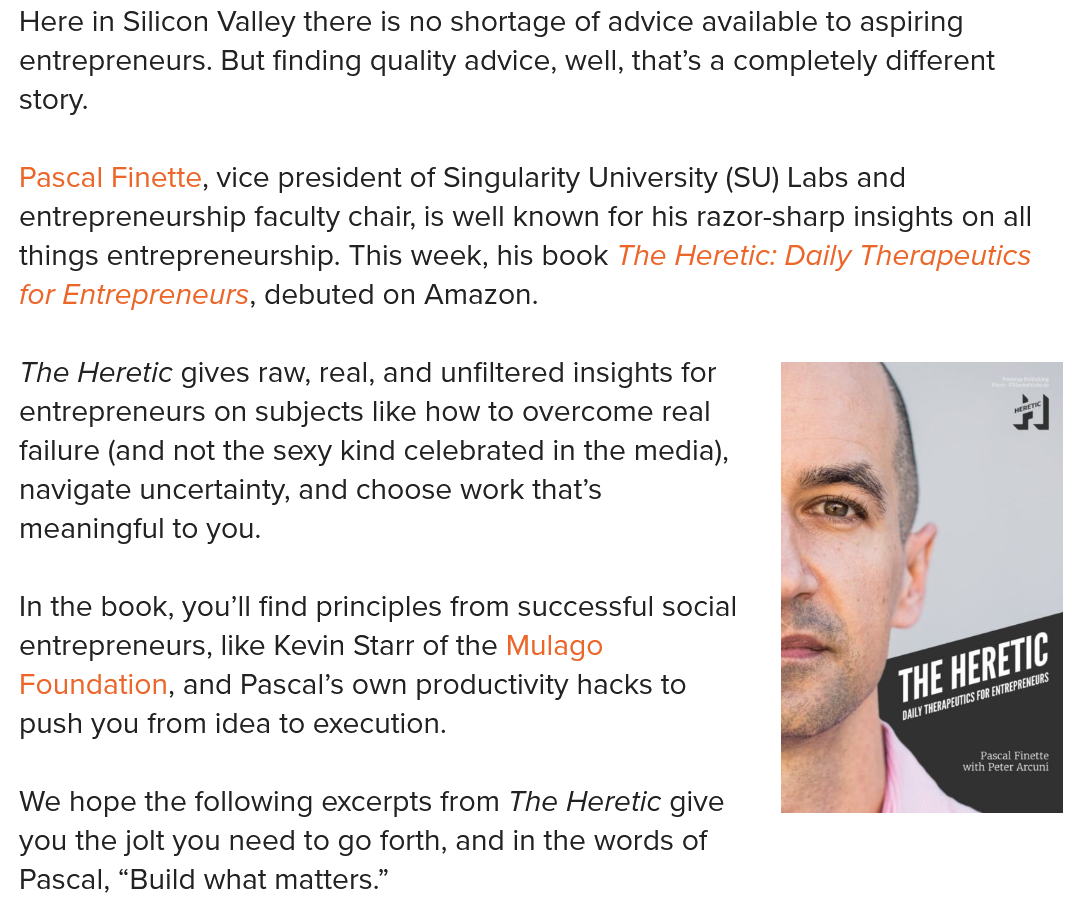
Here in Silicon Valley there is no shortage of advice available to aspiring
  entrepreneurs. But finding quality advice, well, that’s a completely different
  story.
  Pascal Finette, vice president of Singularity University (SU) Labs and
  entrepreneurship faculty chair, is well Known for his razor-sharp insights on all
  things entrepreneurship. This week, his book The Heretic: Daily Therapeutics
  for Entrepreneurs, debuted on Amazon.
  The Heretic gives raw, real, and unfiltered insights for
  entrepreneurs on subjects like how to overcome real
  failure (and not the sexy kind celebrated in the media),
  navigate uncertainty, and choose work that’s
  meaningful to you.
  In the book, you'll find principles from successful social
  entrepreneurs, like Kevin Starr of the Mulago
  Foundation, and Pascal’s own productivity hacks to
  push you from idea to execution.
  We hope the following excerpts from The Heretic give
  you the jolt you need to go forth, and in the words of
  Pascal, “Build what matters.”